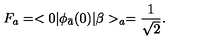
F _ { a } = < 0 | \phi _ { \bar { a } } ( 0 ) | \beta > _ { a } = \frac { 1 } { \sqrt { 2 } } .